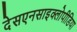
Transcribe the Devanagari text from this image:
देसएनसाइक्लोपीडिया